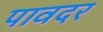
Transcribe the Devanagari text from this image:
पावदर